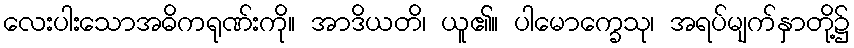
လေးပါးသောအဓိကရုဏ်းကို။ အာဒိယတိ၊ ယူ၏။ ပါမောက္ခေသု၊ အရပ်မျက်နှာတို့၌